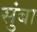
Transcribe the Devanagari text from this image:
सुंबा